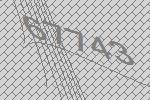
67743